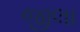
જીલા